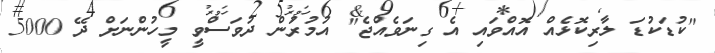
"ކުޑަކުޑަ ލާރިކޮޅެއް އޮއްވައި އެ ގިނަވެއްޖެ" އުމުރުން ދުވަސްވީ މީހުންނަށް ދޭ 5000